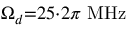
\Omega _ { d } { = } 2 5 { \cdot } 2 \pi \ \mathrm { M H z }